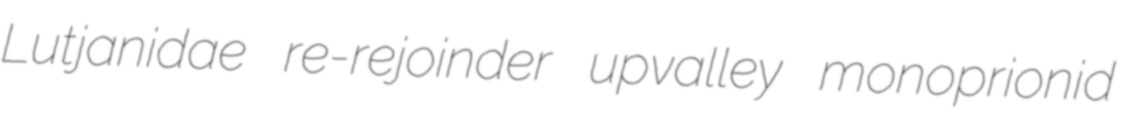
Lutjanidae re-rejoinder upvalley monoprionid